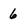
Character: 6